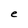
Character: e